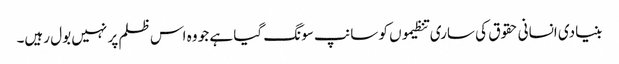
بنیادی انسانی حقوق کی ساری تنظیموں کو سانپ سونگ گیا ہے جو وہ اس ظلم پر نہیں بول رہیں۔